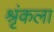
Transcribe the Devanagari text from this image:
श्रृंकला